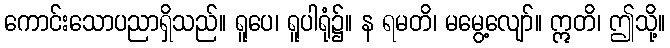
ကောင်းသောပညာရှိသည်။ ရူပေ၊ ရူပါရုံ၌။ န ရမတိ၊ မမွေ့လျော်။ ဣတိ၊ ဤသို့။